Annual administration report of the Civil Veterinary Department of India - 1896-1897
Year: 1896
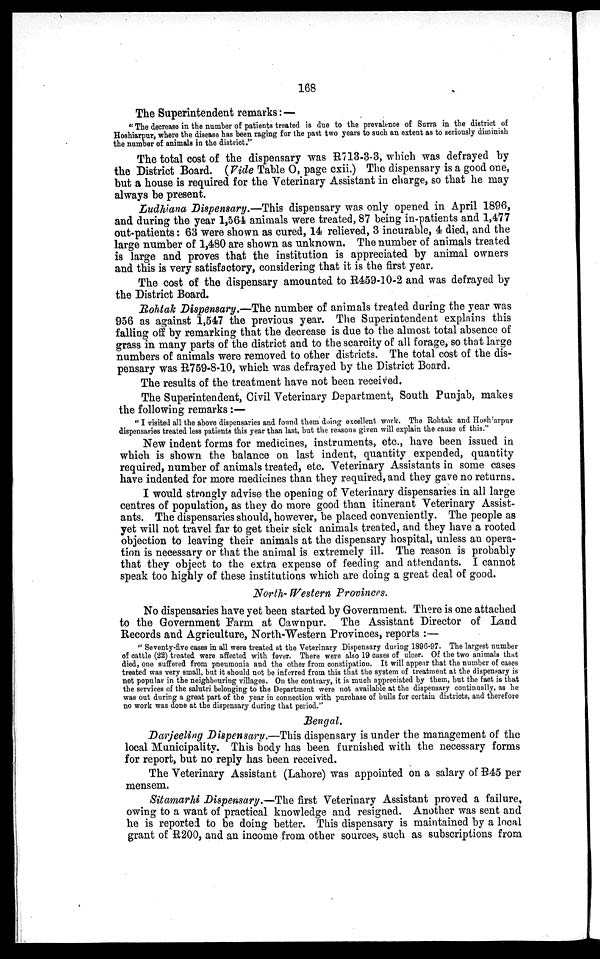
168
The Superintendent remarks :—
"The decrease in the number of patients treated is due to the prevalence of Surra in the district of
Hoshiarpur, where the disease has been raging for the past two years to such an extent as to seriously diminish
the number of animals in the district."
The total cost of the dispensary was R713-3-3, which was defrayed by
the District Board. (Vide Table O, page cxii.) The dispensary is a good one,
but a house is required for the Veterinary Assistant in charge, so that he may
always be present.
Ludhiana Dispensary.—This dispensary was only opened in April 1896,
and during the year 1,564 animals were treated, 87 being in-patients and 1,477
out-patients: 63 were shown as cured, 14 relieved, 3 incurable, 4 died, and the
large number of 1,480 are shown as unknown. The number of animals treated
is large and proves that the institution is appreciated by animal owners
and this is very satisfactory, considering that it is the first year.
The cost of the dispensary amounted to R459-10-2 and was defrayed by
the District Board.
Rohtak Dispensary.—The number of animals treated during the year was
956 as against 1,547 the previous year. The Superintendent explains this
falling off by remarking that the decrease is due to the almost total absence of
grass in many parts of the district and to the scarcity of all forage, so that large
numbers of animals were removed to other districts. The total cost of the dis-
pensary was R759-8-10, which was defrayed by the District Board.
The results of the treatment have not been received.
The Superintendent, Civil Veterinary Department, South Punjab, makes
the following remarks:—
"I visited all the above dispensaries and found them doing excellent work. The Rohtak and Hoshiarpur
dispensaries treated less patients this year than last, but the reasons given will explain the cause of this."
New indent forms for medicines, instruments, etc., have been issued in
which is shown the balance on last indent, quantity expended, quantity
required, number of animals treated, etc. Veterinary Assistants in some cases
have indented for more medicines than they required, and they gave no returns.
I would strongly advise the opening of Veterinary dispensaries in all large
centres of population, as they do more good than itinerant Veterinary Assist-
ants. The dispensaries should, however, be placed conveniently. The people as
yet will not travel far to get their sick animals treated, and they have a rooted
objection to leaving their animals at the dispensary hospital, unless an opera-
tion is necessary or that the animal is extremely ill. The reason is probably
that they object to the extra expense of feeding and attendants. I cannot
speak too highly of these institutions which are doing a great deal of good.
North- Western Provinces.
No dispensaries have yet been started by Government. There is one attached
to the Government Farm at Cawnpur. The Assistant Director of Land
Records and Agriculture, North-Western Provinces, reports:—
"Seventy-five cases in all were treated at the Veterinary Dispensary during 1896-97. The largest number
of cattle (22) treated were affected with fever. There were also 19 cases of ulcer. Of the two animals that
died, one suffered from pneumonia and the other from constipation. It will appear that the number of cases
treated was very small, but it should not be inferred from this that the system of treatment at the dispensary is
not popular in the neighbouring villages. On the contrary, it is much appreciated by them, but the fact is that
the services of the salutri belonging to the Department were not available at the dispensary continually, as he
was out during a great part of the year in connection with purchase of bulls for certain districts, and therefore
no work was done at the dispensary during that period."
Bengal.
Darjeeling Dispensary.—This dispensary is under the management of the
local Municipality. This body has been furnished with the necessary forms
for report, but no reply has been received.
The Veterinary Assistant (Lahore) was appointed on a salary of R45 per
mensem.
Sitamarhi Dispensary.—The first Veterinary Assistant proved a failure,
owing to a want of practical knowledge and resigned. Another was sent and
he is reported to be doing better. This dispensary is maintained by a local
grant of R200, and an income from other sources, such as subscriptions from